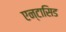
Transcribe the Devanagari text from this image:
एन्टासिड